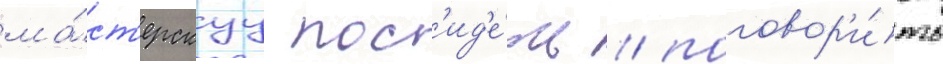
ма́ст'ерскуу пос'ид'е́ть / поговор'и́ть